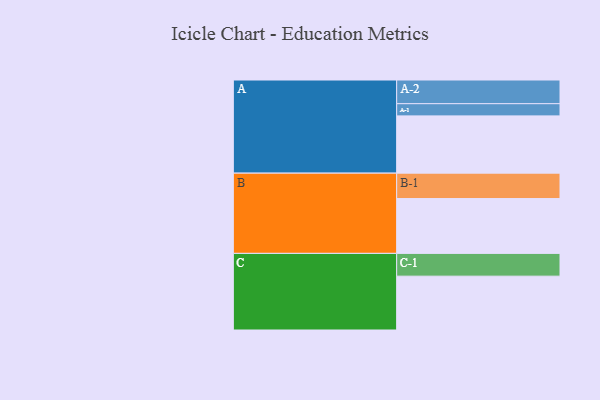
{"axis": {"x": "Segment", "y": "Value"}, "legend": ["", "A", "B", "C"], "data": [{"x": "A", "y": 568, "type": ""}, {"x": "B", "y": 544, "type": ""}, {"x": "C", "y": 534, "type": ""}, {"x": "A-1", "y": 121, "type": "A"}, {"x": "A-2", "y": 235, "type": "A"}, {"x": "B-1", "y": 252, "type": "B"}, {"x": "C-1", "y": 226, "type": "C"}]}